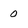
Character: 0